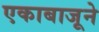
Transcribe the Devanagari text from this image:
एकाबाजूने